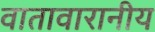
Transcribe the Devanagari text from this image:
वातावारानीय